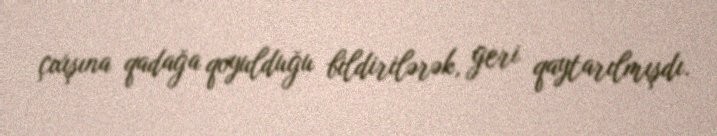
çıxışına qadağa qoyulduğu bildirilərək, geri qaytarılmışdı.